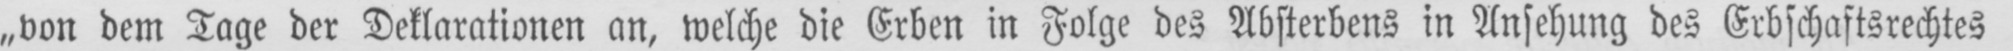
„von dem Tage der Deklarationen an, welche die Erben in Folge des Absterbens in Ansehung des Erbschaftsrechtes